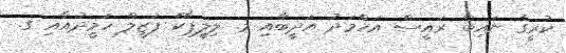
ކުރީގެ ނައިބް ރައީސް އަހްމަދު އަދީބާއި މ. ލިލީޕާކް ފަޒީލް ހަމީދުއާއި ގ.